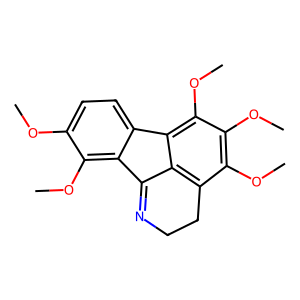
SMILES: COc1ccc2c(c1OC)C1=NCCc3c(OC)c(OC)c(OC)c-2c31
Inhibits HIV replication: No